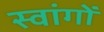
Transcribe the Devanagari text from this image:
स्वांगों